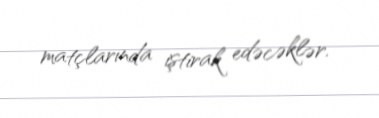
matçlarında iştirak edəcəklər.